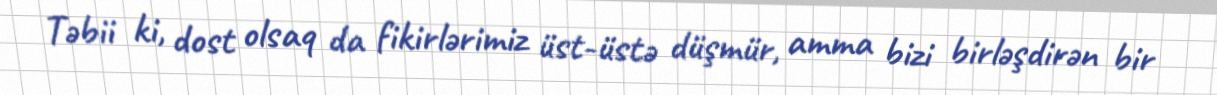
Təbii ki, dost olsaq da fikirlərimiz üst-üstə düşmür, amma bizi birləşdirən bir